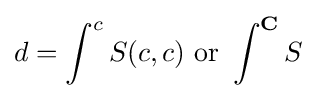
d=\int _{}^{c}S(c,c){\text{ or }}\int _{}^{\mathbf {C} }S